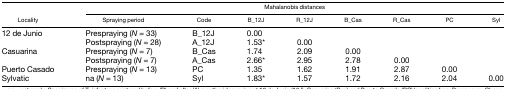
| <ROWSPAN=2> Locality | <COLSPAN=8> Mahalanobis distances |
 | Spraying period | Code | B_12J | R_12J | B_Cas | R_Cas | PC | Syl |
 | --- | --- | --- | --- | --- | --- | --- | --- | --- |
 | <ROWSPAN=2> 12 de Junio | Prespraying (N = 33) | B_12J | 0.00 |  |  |  |  |  |
 | Postspraying (N = 28) | A_12J | 1.53* | 0.00 |  |  |  |  |
 | <ROWSPAN=2> Casuarina | Prespraying (N = 7) | B_Cas | 1.74 | 2.09 | 0.00 |  |  |  |
 | Postspraying (N = 7) | A_Cas | 2.66* | 2.95 | 2.78 | 0.00 |  |  |
 | Puerto Casado | Prespraying (N = 13) | PC | 1.35 | 1.62 | 1.91 | 2.87 | 0.00 |  |
 | Sylvatic | na (N = 13) | Syl | 1.83* | 1.57 | 1.72 | 2.16 | 2.04 | 0.00 |